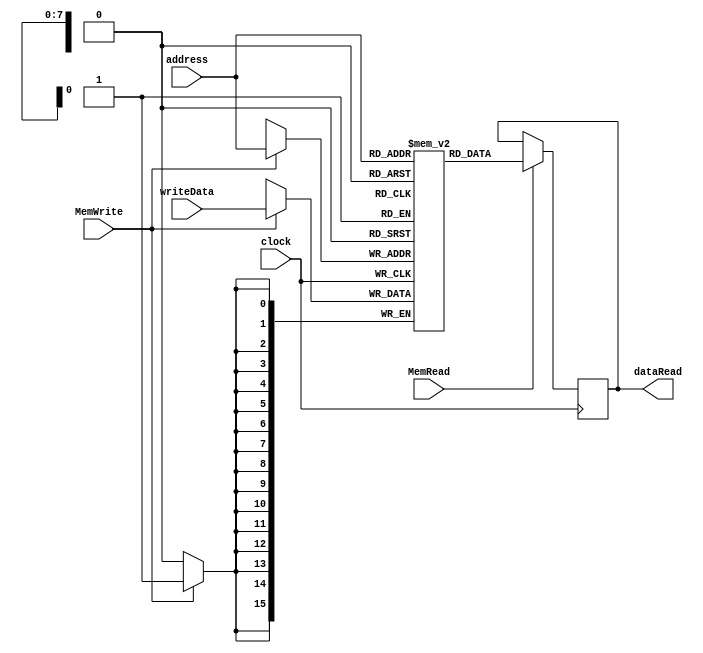
module DataMemory(clock, MemRead, MemWrite, address, writeData, dataRead);

    input clock;
    input MemRead;
    input MemWrite;
    input [7:0]address;
    input [15:0]writeData;

    output reg [15:0]dataRead;

    reg [15:0]memory[255:0]; //cabem 100 dados na memoria
    reg [7:0]aux;
    integer i;

    initial begin  
        for(i=0;i<256;i=i+1) begin
            memory[i] <= 16'b0;  
        end
     end  

    always @(posedge clock)begin
        if(MemRead == 1)begin
            dataRead = memory[address];
        end
    end

    always @(negedge clock)begin
        if(MemWrite == 1)begin
            memory[address] = writeData;
        end
    end
    
endmodule